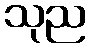
သုည